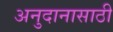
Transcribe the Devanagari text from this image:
अनुदानासाठी